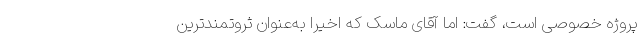
پروژه خصوصی است، گفت: اما آقای ماسک که اخیراً به‌عنوان ثروتمندترین